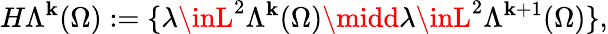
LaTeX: H\Lambda^{\mathbf{k}}(\Omega):=\{ \lambda\inL^{2}\Lambda^{\mathbf{k}}(\Omega)\midd\lambda\inL^{2}\Lambda^{\mathbf{k}+1}(\Omega)\} ,